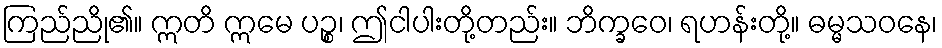
ကြည်ညို၏။ ဣတိ ဣမေ ပဉ္စ၊ ဤငါပါးတို့တည်း။ ဘိက္ခဝေ၊ ရဟန်းတို့။ ဓမ္မသဝနေ၊